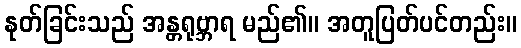
နုတ်ခြင်းသည် အန္တရုဗ္ဘာရ မည်၏။ အတူပြတ်ပင်တည်း။